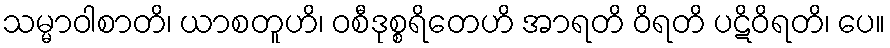
သမ္မာဝါစာတိ၊ ယာစတူဟိ၊ ဝစီဒုစ္စရိတေဟိ အာရတိ ဝိရတိ ပဋိဝိရတိ၊ ပေ။